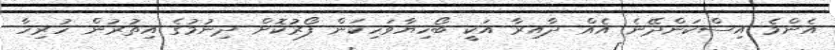
އެންމެ އިސްކަންދޭނެ އެއް ދާއިރާ އަކީ ބޯހިޔާވަހިކަން ފޯރުކޮށް ދިނުމުގެ އިތުރުން ހުރިހާ